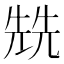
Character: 兟